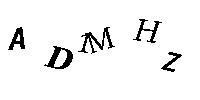
AD1MHZ